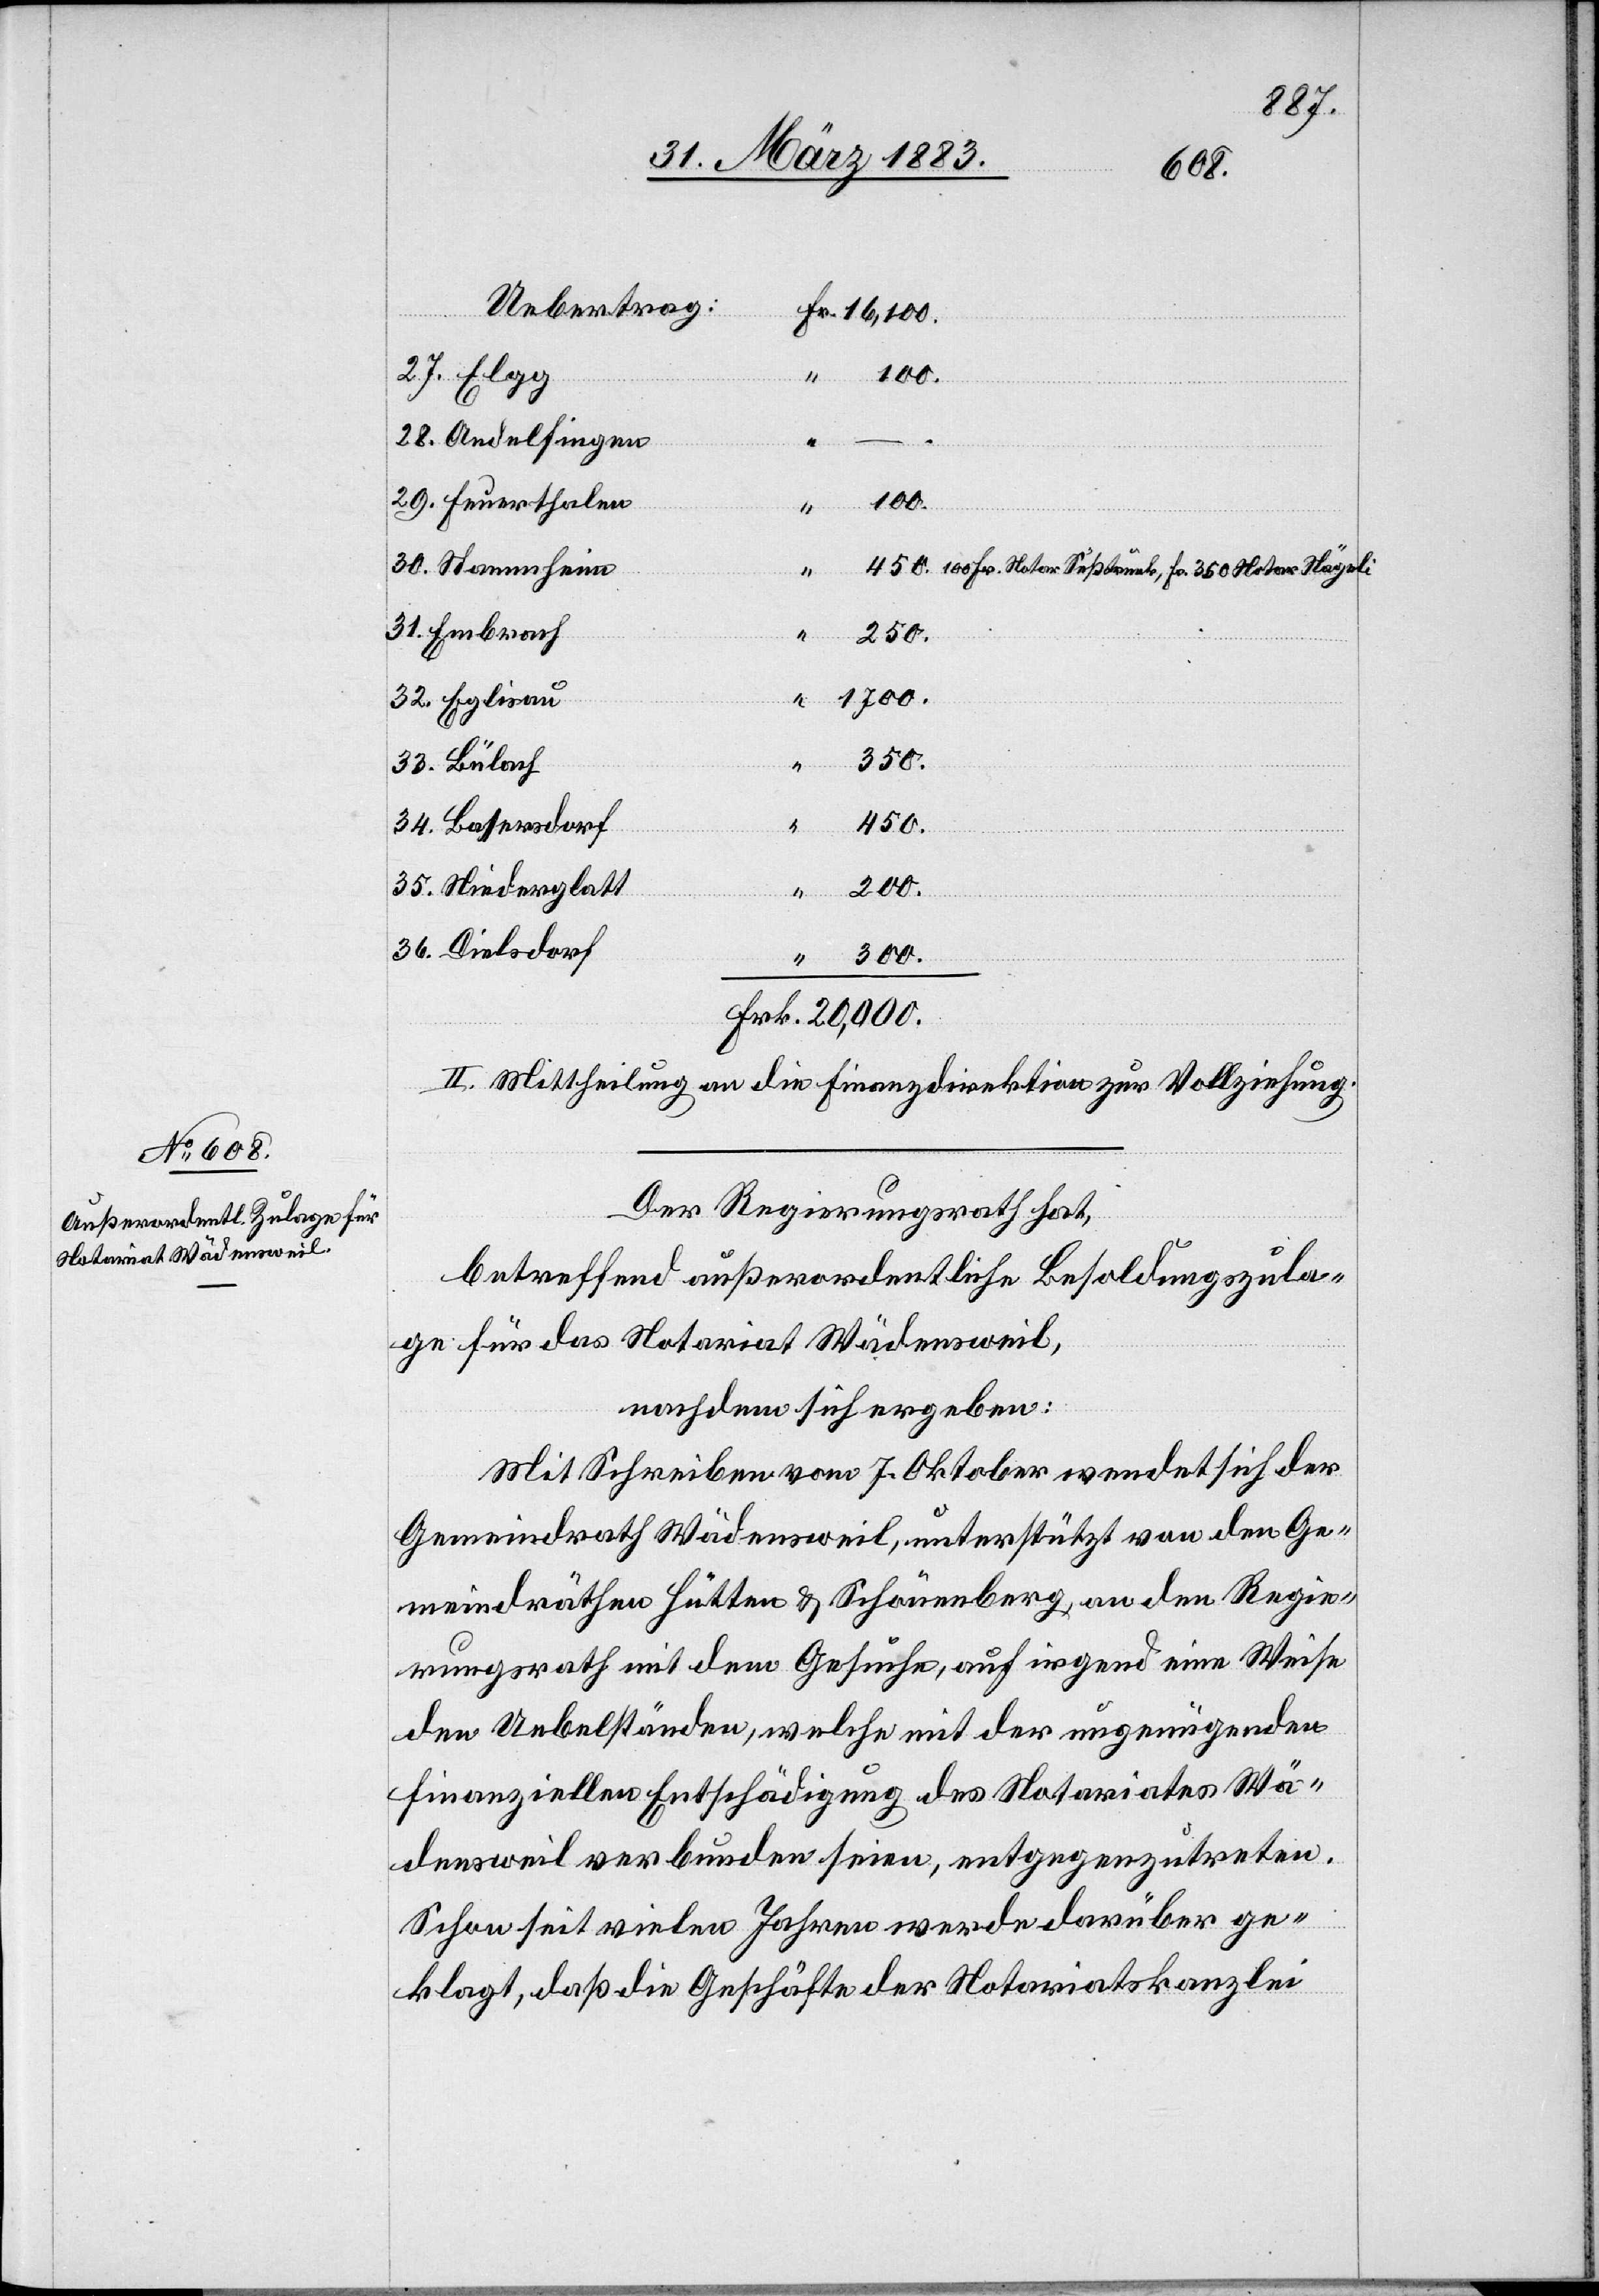
27.
Uebertrag:
100.
100 Fr. Notar Süßtrunk, Fr. 350 Notar Nägeli
31.
“
250.
1700.
35.
34.
450.
Niederglatt
20,000.
36.
300.
II. Mittheilung an die Finanzdirektion zur Vollziehung.
Der Regierungsrath hat,
betreffend außerordentliche Besoldungszula¬
ge für das Notariat Wädensweil,
nachdem sich ergeben:
Mit Schreiben vom 7. Oktober wendet sich der
Gemeindrath Wädensweil, unterstützt von den Ge¬
meindräthen Hütten & Schönenberg, an den Regie¬
rungsrath mit dem Gesuche, auf irgend eine Weise
den Uebelständen, welche mit der ungenügenden
finanziellen Entschädigung des Notariates Wä¬
densweil verbunden seien, entgegenzutreten.
Schon seit vielen Jahren werde darüber ge¬
klagt, daß die Geschäfte der Notariatskanzlei